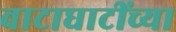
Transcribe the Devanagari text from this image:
वाटाघाटींच्या